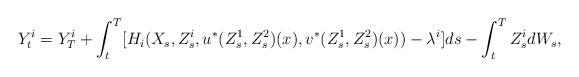
LaTeX: \begin{align*} Y^{i}_t = Y^i_T+\int_t^T[H_i(X_{s}, Z^i_s,u^*(Z^1_s,Z^2_s)(x),v^*(Z^1_s,Z^2_s)(x))-\lambda^{i}] ds - \int_t^T Z^i_s dW_s,\end{align*}